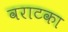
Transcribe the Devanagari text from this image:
वराटका